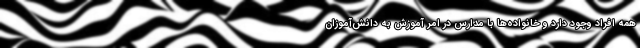
همه افراد وجود دارد و خانواده‌ها با مدارس در امر آموزش به دانش‌آموزان